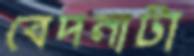
বেদনাটা